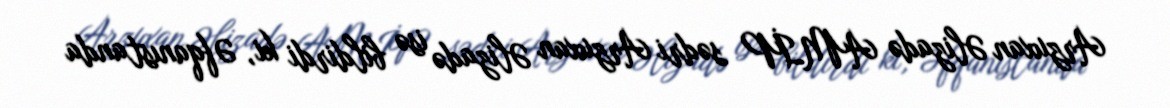
Arzuxan Əlizadə AMİP sədri Arzuxan Əlizadə isə bildirdi ki, Əfqanıstanda